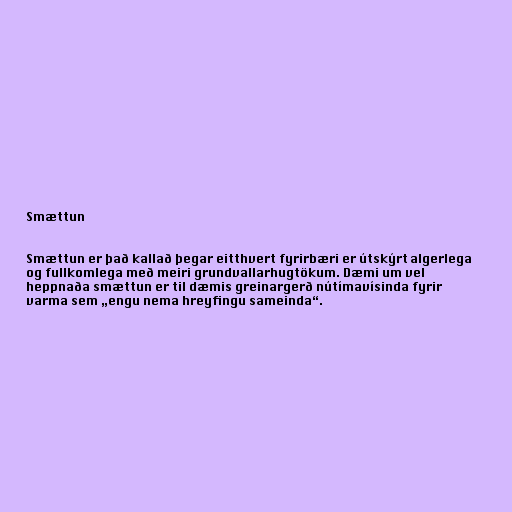
Smættun

Smættun er það kallað þegar eitthvert fyrirbæri er útskýrt algerlega
og fullkomlega með meiri grundvallarhugtökum. Dæmi um vel
heppnaða smættun er til dæmis greinargerð nútímavísinda fyrir
varma sem „engu nema hreyfingu sameinda“.